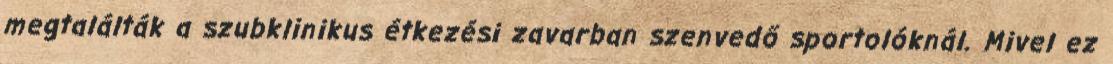
megtalálták a szubklinikus étkezési zavarban szenvedő sportolóknál. Mivel ez